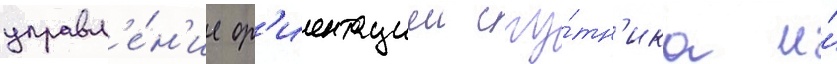
управл'е́н'ие ор'иентациеи спу́тн'ика и́